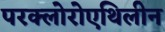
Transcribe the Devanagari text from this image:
परक्लोरोएथिलीन